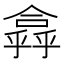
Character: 𠏸